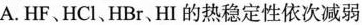
A.HF、HCl、HBr、HI的热稳定性依次减弱